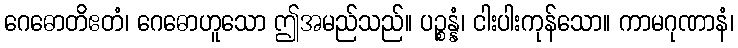
ဂေဓောတိဧတံ၊ ဂေဓောဟူသော ဤအမည်သည်။ ပဉ္စန္နံ၊ ငါးပါးကုန်သော။ ကာမဂုဏာနံ၊